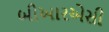
બીઆરએસી